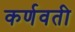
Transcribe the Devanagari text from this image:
कर्णवती